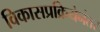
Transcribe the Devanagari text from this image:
विकासप्रक्रियेनंतर